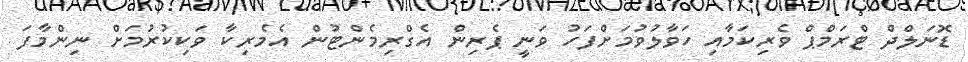
ޑޮނަލްދް ޓްރަމްޕް ވެރިކަމާއި ހަވާލުވުމަށްފަހު ވަނީ ޕެރިން އެގްރިމެންޓުން އެމެރިކާ ވަކިކުރުމަށް ނިންމާފަ